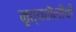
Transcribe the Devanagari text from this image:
नृत्यशैलींची